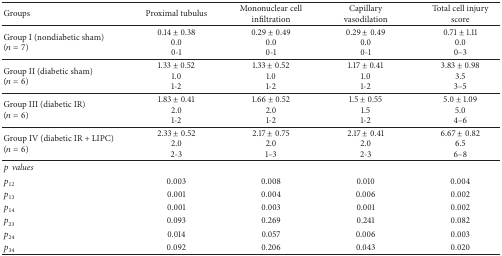
<table><thead><tr><td><b>Groups</b></td><td><b>Proximal tubulus</b></td><td><b>Mononuclear cell infiltration</b></td><td><b>Capillary vasodilation</b></td><td><b>Total cell injury score</b></td></tr></thead><tbody><tr><td>Group I (nondiabetic sham)(<i>n</i> = 7) </td><td>0.14 ± 0.380.00-1</td><td>0.29 ± 0.490.00-1</td><td>0.29 ± 0.490.00-1</td><td>0.71 ± 1.110.00–3</td></tr><tr><td>Group II (diabetic sham) (<i>n</i> = 6)</td><td>1.33 ± 0.521.01-2</td><td>1.33 ± 0.521.01-2</td><td>1.17 ± 0.411.01-2</td><td>3.83 ± 0.983.53–5</td></tr><tr><td> Group III (diabetic IR) (<i>n</i> = 6) </td><td>1.83 ± 0.412.01-2</td><td>1.66 ± 0.522.01-2</td><td>1.5 ± 0.551.51-2</td><td>5.0 ± 1.095.04–6</td></tr><tr><td>Group IV (diabetic IR + LIPC)(<i>n</i> = 6)</td><td>2.33 ± 0.522.02-3</td><td>2.17 ± 0.752.01–3</td><td>2.17 ± 0.412.02-3</td><td>6.67 ± 0.826.56–8</td></tr><tr><td><i>pvalues </i></td><td> </td><td> </td><td> </td><td> </td></tr><tr><td><i>p</i><sub>12</sub></td><td>0.003</td><td>0.008</td><td>0.010</td><td>0.004</td></tr><tr><td><i>p</i><sub>13</sub></td><td>0.001</td><td>0.004</td><td>0.006</td><td>0.002</td></tr><tr><td><i>p</i><sub>14</sub></td><td>0.001</td><td>0.003</td><td>0.001</td><td>0.002</td></tr><tr><td><i>p</i><sub>23</sub></td><td>0.093</td><td>0.269</td><td>0.241</td><td>0.082</td></tr><tr><td><i>p</i><sub>24</sub></td><td>0.014</td><td>0.057</td><td>0.006</td><td>0.003</td></tr><tr><td><i>p</i><sub>34</sub></td><td>0.092</td><td>0.206</td><td>0.043</td><td>0.020</td></tr></tbody></table>